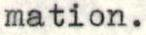
mation.